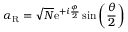
\alpha _ { \mathrm { R } } = \sqrt { N } \mathrm { e } ^ { + i \frac { \phi } { 2 } } \sin \left( \frac { \theta } { 2 } \right)